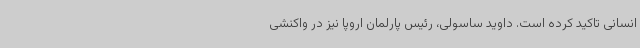
انسانی تاکید کرده است. داوید ساسولی، رئیس پارلمان اروپا نیز در واکنشی